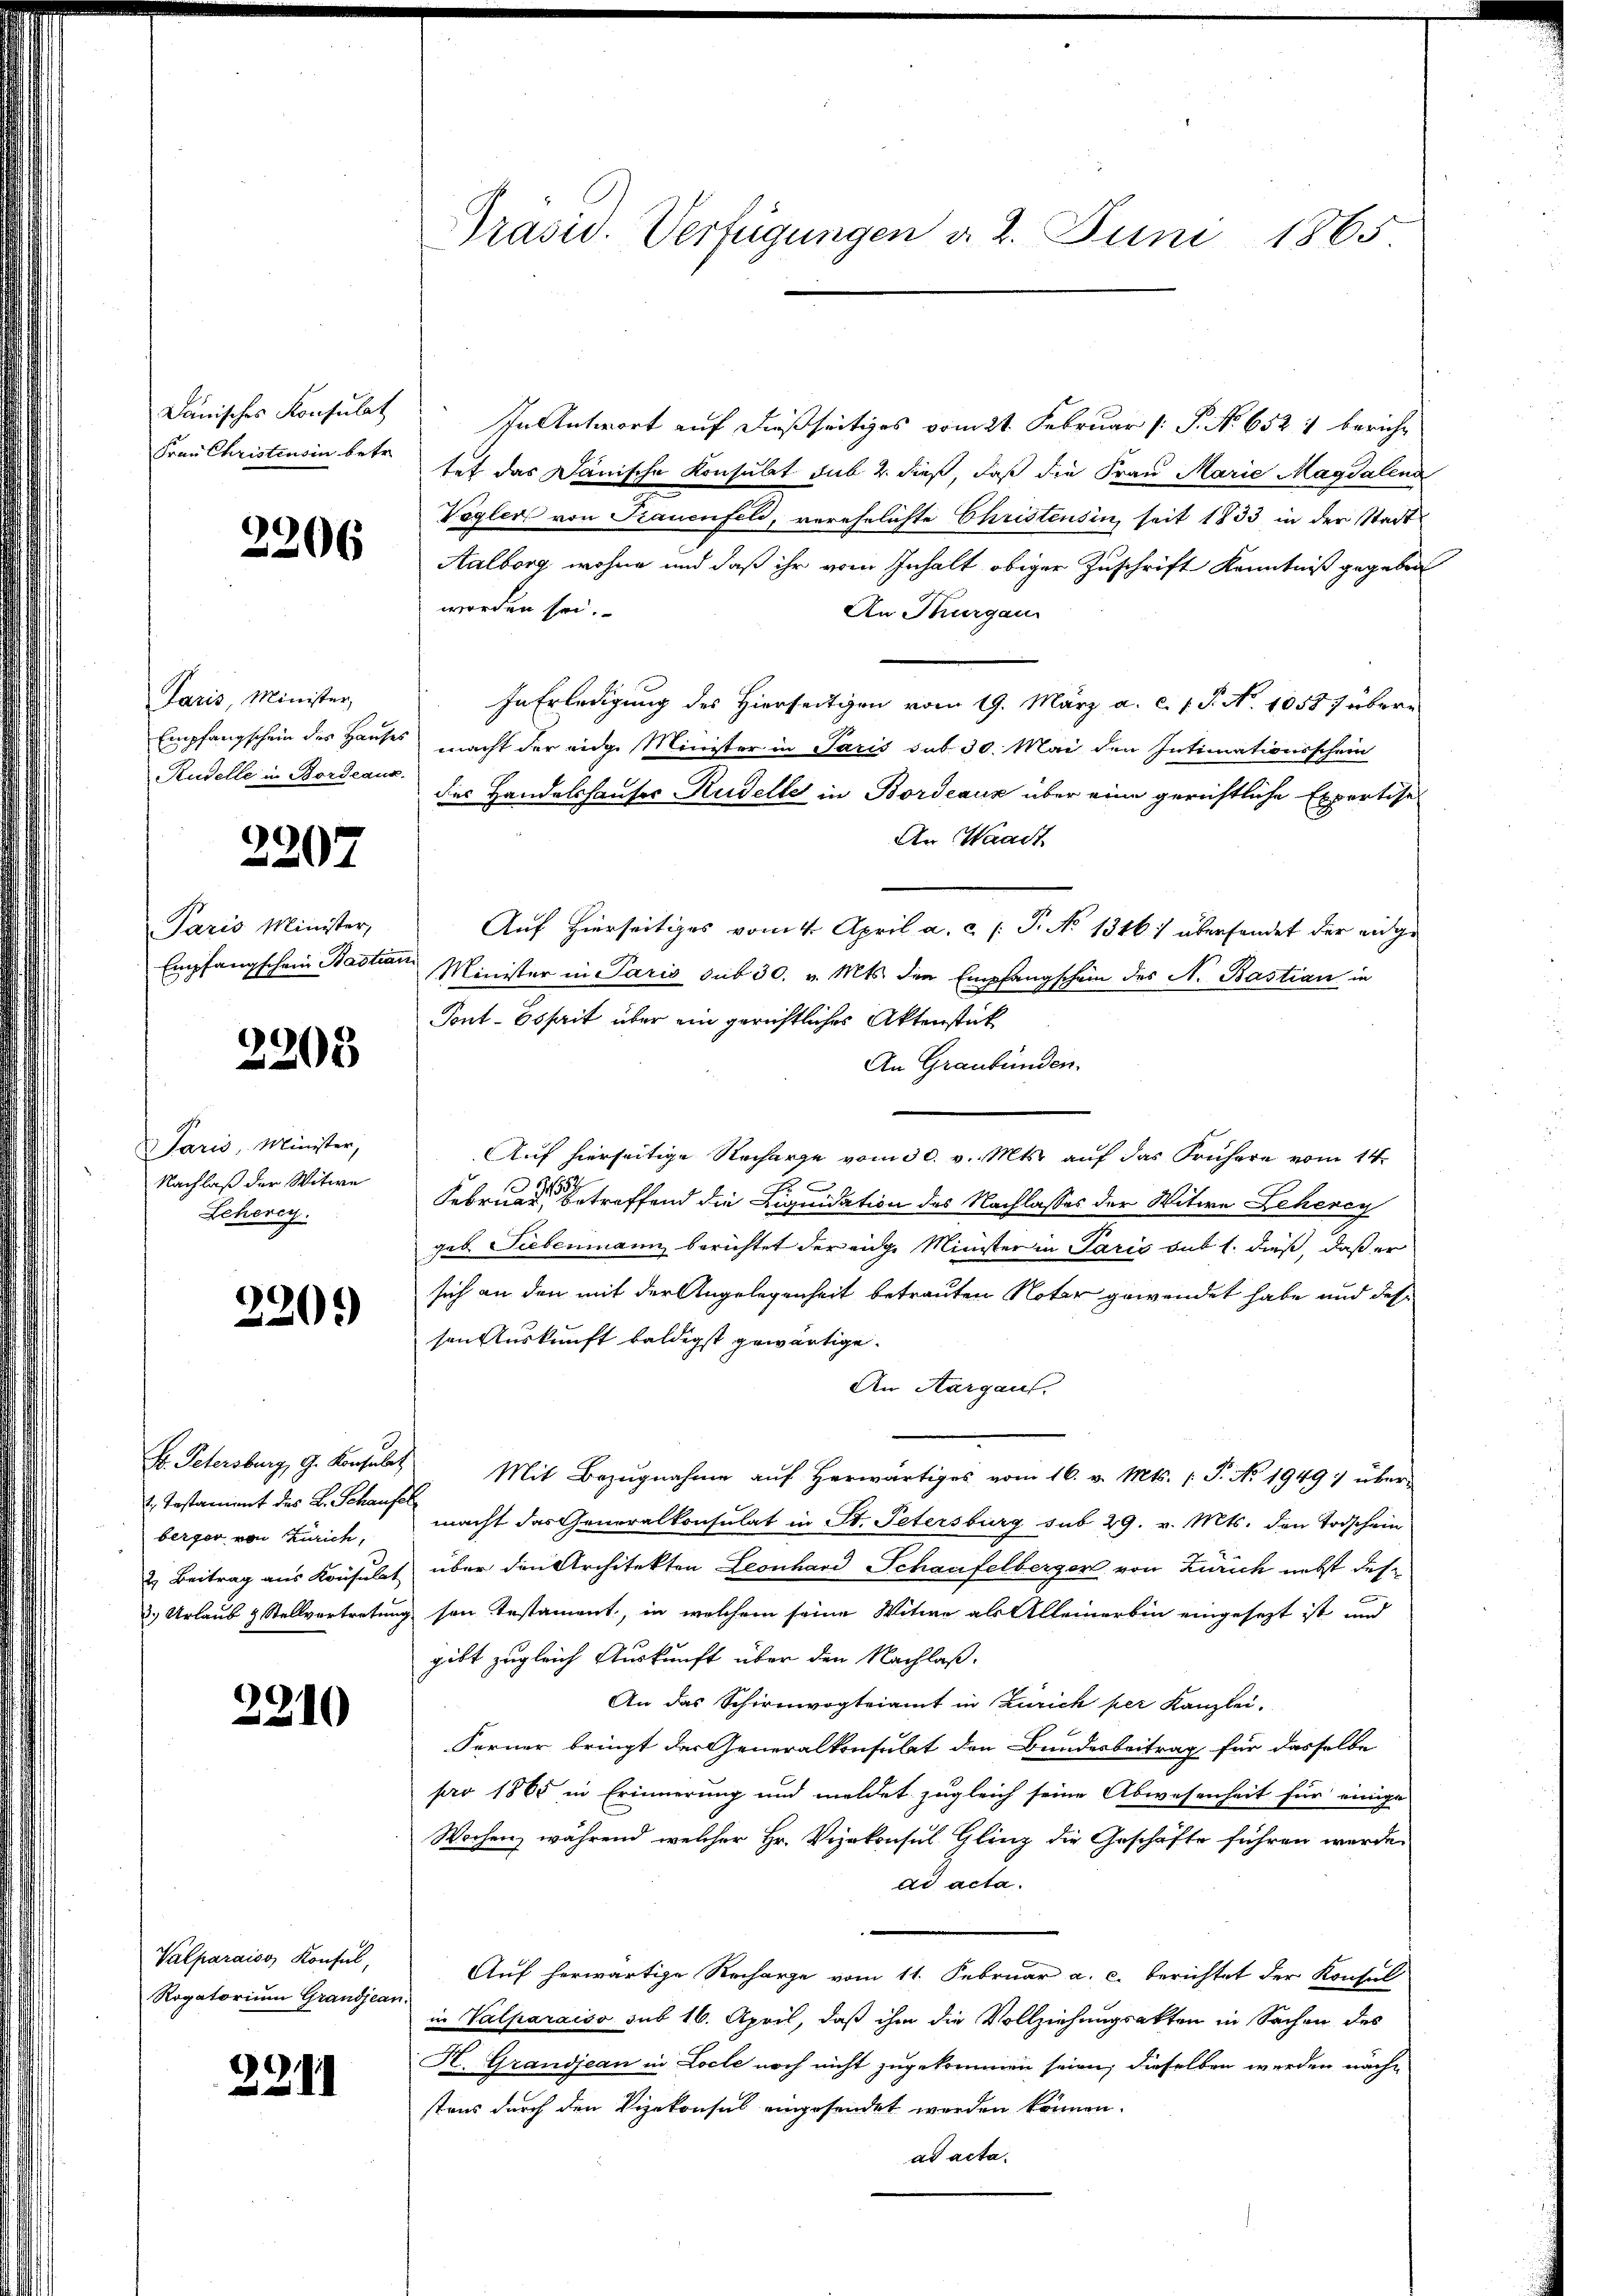
Dänisches Konsulat
Frau Christensin betr.

2206

Paris, Minister,
Empfangschein des Hauses
Rudelle in Bordeaux.

2207

Paris Minister,
Empfangschein Bastia

2205

Paris, Minister,
Nachlaß der Witwe
Scherey.

2209)

H. Petersburg, G. Konsulat
2., Testanient des L. Schaufe
berger von Zürich,
2. Beitrag aus Konsulat
3.) Urlaub & Stellvertretung

2210

Valparaisos Konsul,
Rogatorium Grandjean

3211

Präsid. Verfügungen d. 2. Juni 1865

In Antwort auf dießseitiges vom 21. Februar [ P. Nr. 6521 bericht
tet das Dänische Konsulat sub 2. dieß, daß die Frau Marie Magdalend
Vogler von Frauenfeld, verehelichte Christensin, seit 1833 in der Stadt
Aalborg wohne und daß ihr vom Inhalt obiger Zuschrift Kenntniß gegeben
worden sei.
An Thurgau
In Erledigung des Hierseitigen vom 19. März a. c. f. P. Nr. 1053 J übermacht der eidge Minister in Paris sub 30. Mai den Intimationsschein
der Handelshauser Rudelle in Bordeaux über eine gerichtliche Expertise
An Waadt
Auf hierseitiges vom 4. April a. c. /: P. No 1346) überfandet der eidge
Minister in Paris sub 30. v. Mts. den Empfangschein des N. Bastian in
Pont-Esperit über ein gerichtliches Aktenstück
An Graubünden.
Auf hierseitige Recharge vom 30. v. Mts. auf das Frühere vom 14.

Februar betreffend die Liquidation des Nachlasses der Witwe Leherey
geb. Siebenmann berichtet der eige Minister in Paris sub 1. dieß, daß er
sich an den mit der Angelegenheit betrauten Notar gewendet habe und des
sen Auskunft baldigst gewärtige.
An Aargau,
Mit Bezugnahme auf herwärtiges vom 16. v. Mts. (T. No 1949: über-
macht das Generalkonsulat in St. Petersburg sub 29. v. Mts. den Todschein
über den Architekten Leonhard Schaufelberger von Zürich nebst desson testament, in welchem seine Witwe als Alleinerbin eingesezt ist und
gibt zugleich Auskunft über den Nachlaß.
An das Schirmogteiamt in Zürich per Kanzlei-
Ferner bringt der Generalkonsulat den Bundesbeitrag für dasselbe
pro 1865 in Erinnerung und meldet zugleich seine Abwesenheit für einige
Wochen, während welcher Hr. Vizekonsul Glinz die Geschäfte führen werde.
ad acta.
Auf herwärtige Recharge vom 11. Februar a. c. berichtet der Konsul
in Valparaiso sub 16. April, daß ihm die Vollziehungsakten in Sachen des
H. Grandjean in Locle noch nicht zugekommen seien, dieselben werden nachstens durch den Vizekonsul eingesendet werden können.
ad acta.